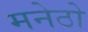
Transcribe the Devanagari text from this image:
मनेठो